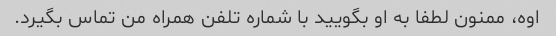
اوه، ممنون لطفا به او بگویید با شماره تلفن همراه من تماس بگیرد.